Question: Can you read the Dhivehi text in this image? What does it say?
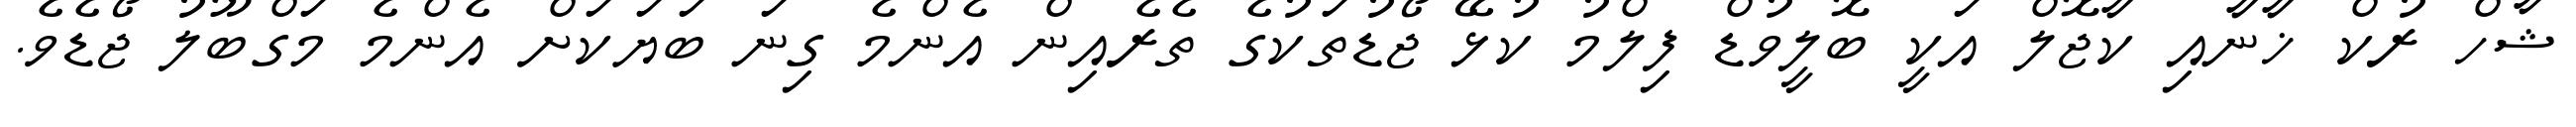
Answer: ޝާހް ރުކް ޚާނާއި ކާޖޮލް އަކީ ބޮލީވުޑް ފިލްމު ކުޅޭ ޖޯޑުތަކުގެ ތެރެއިން އެންމެ ގިނަ ބަޔަކަށް އެންމެ މަގްބޫލު ޖޯޑެވެ.